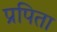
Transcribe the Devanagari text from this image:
प्रपिता